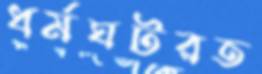
ধর্মঘটরত